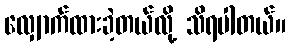
လျှောက်ထားခဲ့တယ်လို့ သိရပါတယ်။